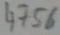
Text: 4756